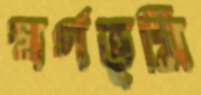
স্বর্গভূমি